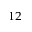
^ { 1 2 }